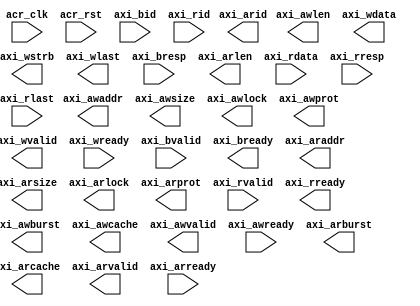
module VideoSubsys(
    input  acr_clk,
    input  acr_rst,
    output [31:0] axi_awaddr,
    output [3:0] axi_awlen,
    output [2:0] axi_awsize,
    output [1:0] axi_awburst,
    output  axi_awlock,
    output [3:0] axi_awcache,
    output [2:0] axi_awprot,
    output  axi_awvalid,
    input  axi_awready,
    output [63:0] axi_wdata,
    output [7:0] axi_wstrb,
    output  axi_wlast,
    output  axi_wvalid,
    input  axi_wready,
    input [7:0] axi_bid,
    input [1:0] axi_bresp,
    input  axi_bvalid,
    output  axi_bready,
    output [7:0] axi_arid,
    output [31:0] axi_araddr,
    output [3:0] axi_arlen,
    output [2:0] axi_arsize,
    output [1:0] axi_arburst,
    output  axi_arlock,
    output [3:0] axi_arcache,
    output [2:0] axi_arprot,
    output  axi_arvalid,
    input  axi_arready,
    input [7:0] axi_rid,
    input [63:0] axi_rdata,
    input [1:0] axi_rresp,
    input  axi_rlast,
    input  axi_rvalid,
    output  axi_rready
);



endmodule